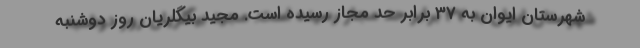
شهرستان ایوان به ۳۷ برابر حد مجاز رسیده است. مجید بیگلریان روز دوشنبه